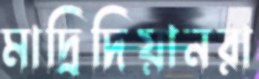
মাদ্রিদিয়ানরা